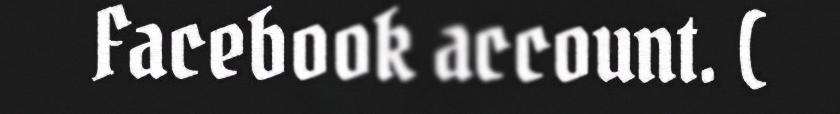
Facebook account. (